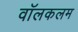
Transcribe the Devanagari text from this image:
वॉलकलम